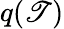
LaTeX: q(\mathscr{T})